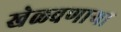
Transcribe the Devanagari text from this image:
खेळवणाऱ्या